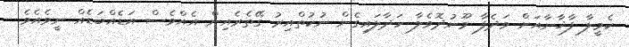
ކެމީލާ ފާޚާނާއަށް ވަދެފާ މޫނުދޮވެލާ ހަދާލައިގެން ނުކުތްއިރު ގޭތެރެއިން އެއްވެސް އަޑެއްބަޑެއް ނީވެއެވެ.